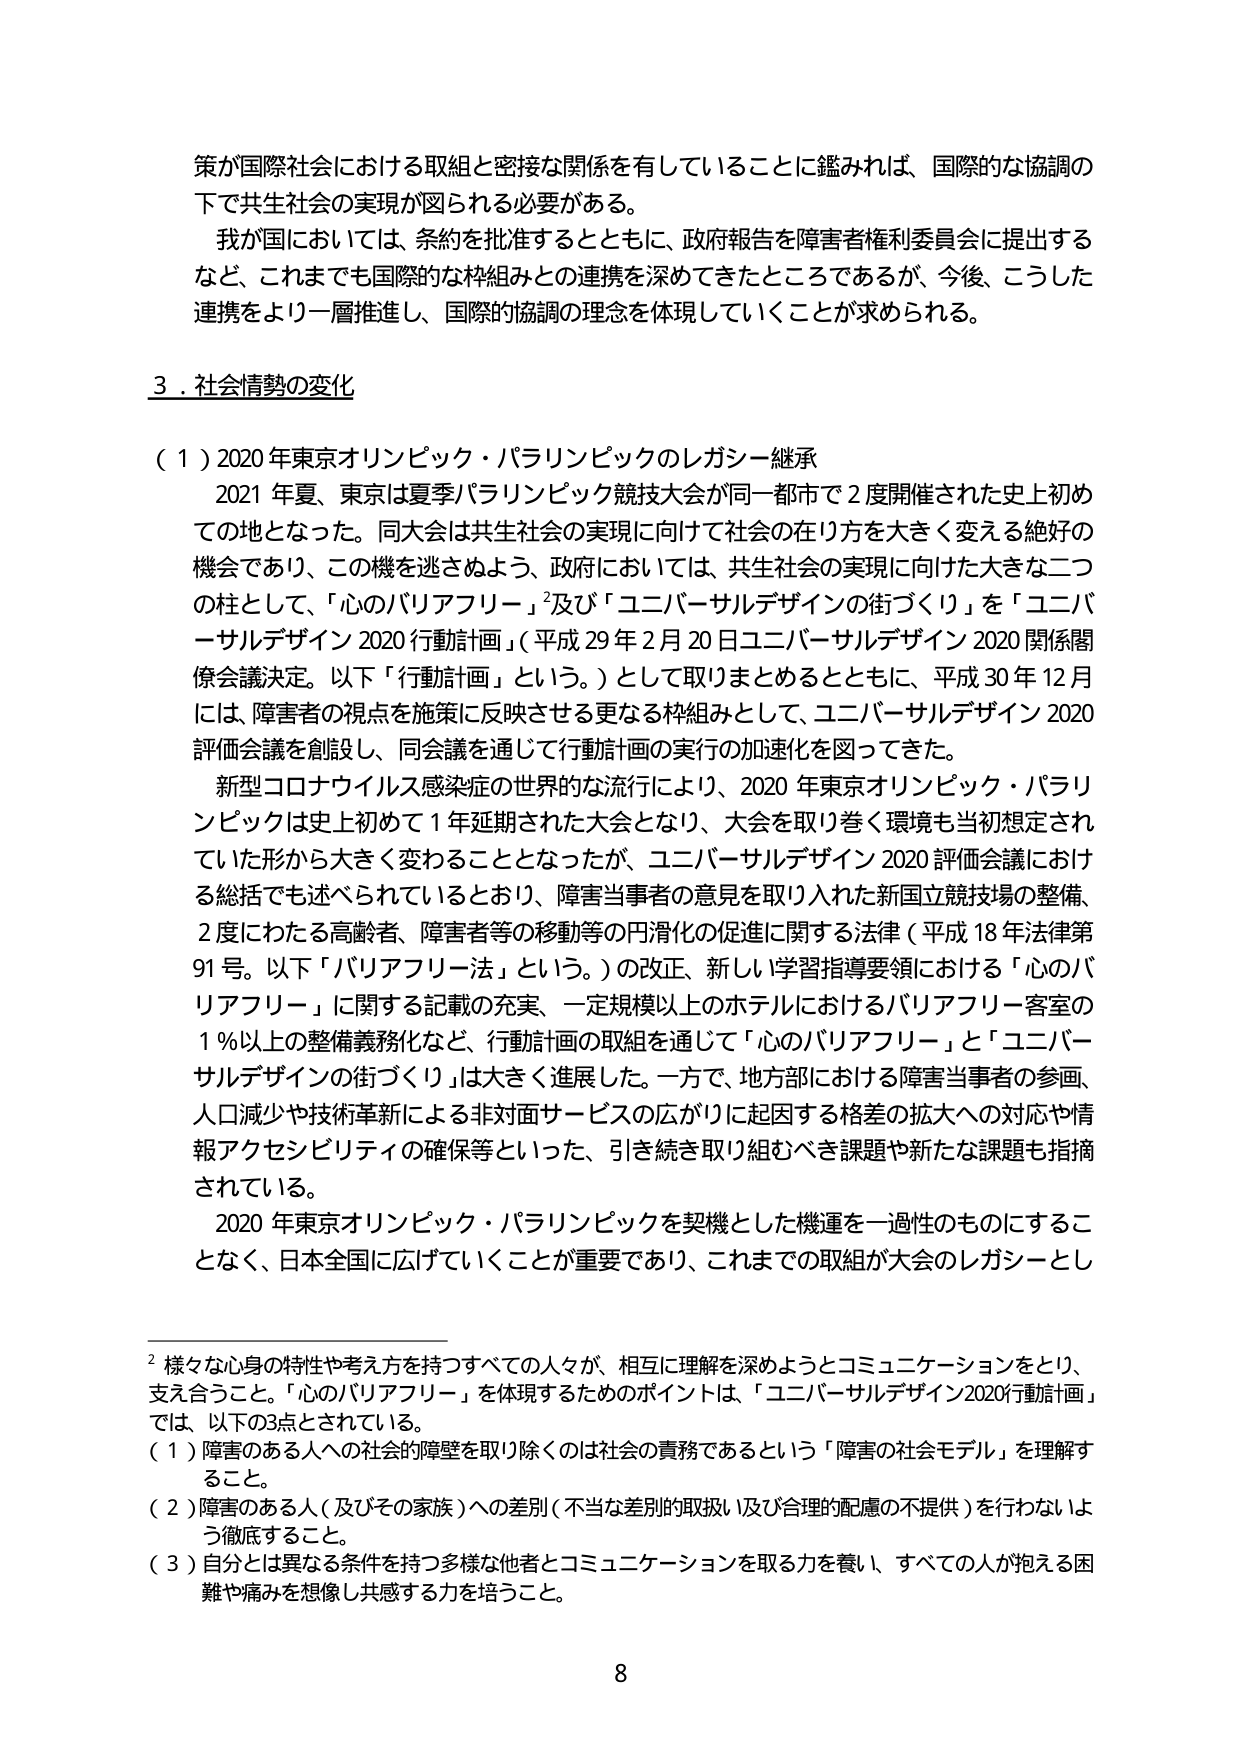
策が国際社会における取組と密接な関係を有していることに鑑みれば、国際的な協調の下で共生社会の実現が図られる必要がある。

我が国においては、条約を批准するとともに、政府報告を障害者権利委員会に提出するなど、これまでも国際的な枠組みとの連携を深めてきたところであるが、今後、こうした連携をより一層推進し、国際的協調の理念を体現していくことが求められる。

３．社会情勢の変化

（１）2020年東京オリンピック・パラリンピックのレガシー継承

2021年夏、東京は夏季パラリンピック競技大会が同一都市で2度開催された史上初めての地となった。同大会は共生社会の実現に向けて社会の在り方を大きく変える絶好の機会であり、この機を逃さぬよう、政府においては、共生社会の実現に向けた大きな二つの柱として、「心のバリアフリー」²及び「ユニバーサルデザインの街づくり」を「ユニバーサルデザイン2020行動計画」（平成29年2月20日ユニバーサルデザイン2020関係閣僚会議決定。以下「行動計画」という。）として取りまとめるとともに、平成30年12月には、障害者の視点を施策に反映させる更なる枠組みとして、ユニバーサルデザイン2020評価会議を創設し、同会議を通じて行動計画の実行の加速化を図ってきた。

新型コロナウイルス感染症の世界的な流行により、2020年東京オリンピック・パラリンピックは史上初めて1年延期された大会となり、大会を取り巻く環境も当初想定されていた形から大きく変わることとなったが、ユニバーサルデザイン2020評価会議における総括でも述べられているとおり、障害当事者の意見を取り入れた新国立競技場の整備、2度にわたる高齢者、障害者等の移動等の円滑化の促進に関する法律（平成18年法律第91号。以下「バリアフリー法」という。）の改正、新しい学習指導要領における「心のバリアフリー」に関する記載の充実、一定規模以上のホテルにおけるバリアフリー客室の1％以上の整備義務化など、行動計画の取組を通じて「心のバリアフリー」と「ユニバーサルデザインの街づくり」は大きく進展した。一方で、地方部における障害当事者の参画、人口減少や技術革新による非対面サービスの広がりに起因する格差の拡大への対応や情報アクセシビリティの確保等といった、引き続き取り組むべき課題や新たな課題も指摘されている。

2020年東京オリンピック・パラリンピックを契機とした機運を一過性のものにすることなく、日本全国に広げていくことが重要であり、これまでの取組が大会のレガシーとし

² 様々な心身の特性や考え方を持つすべての人々が、相互に理解を深めようとコミュニケーションをとり、支え合うこと。「心のバリアフリー」を体現するためのポイントは、「ユニバーサルデザイン2020行動計画」では、以下の3点とされている。

（１）障害のある人への社会的障壁を取り除くのは社会の責務であるという「障害の社会モデル」を理解すること。

（２）障害のある人（及びその家族）への差別（不当な差別的取扱い及び合理的配慮の不提供）を行わないよう徹底すること。

（３）自分とは異なる条件を持つ多様な他者とコミュニケーションを取る力を養い、すべての人が抱える困難や痛みを想像し共感する力を培うこと。

8